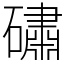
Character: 䃤